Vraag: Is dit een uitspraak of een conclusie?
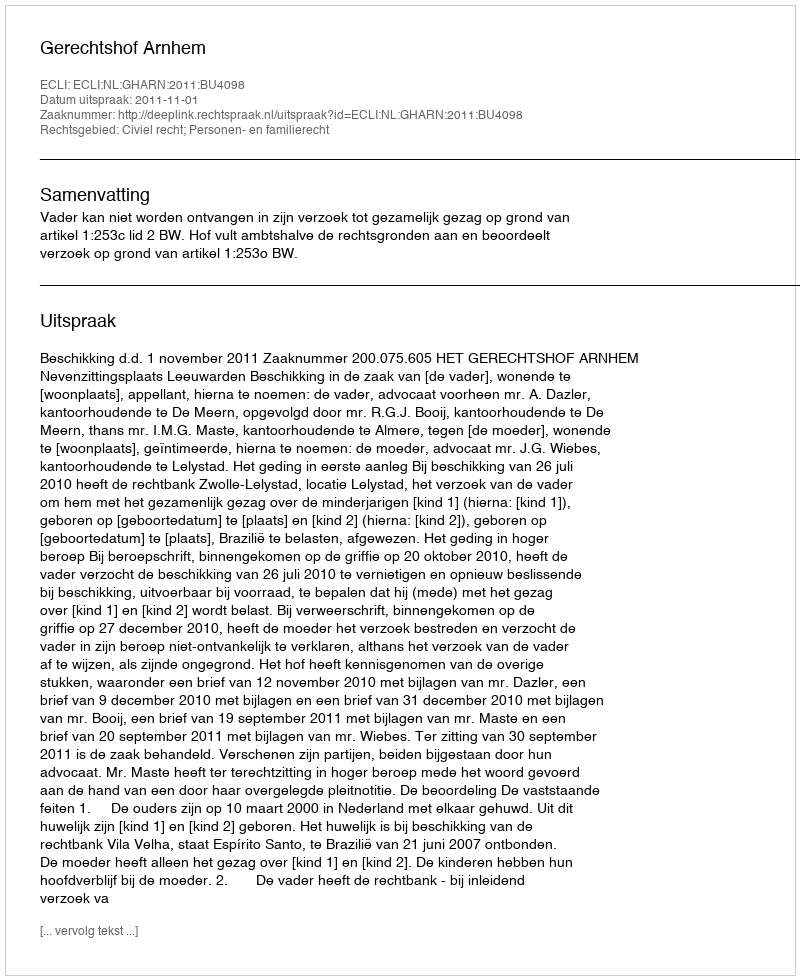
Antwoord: Uitspraak